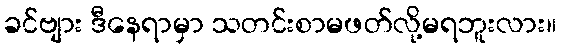
ခင်ဗျား ဒီနေရာမှာ သတင်းစာမဖတ်လို့မရဘူးလား။